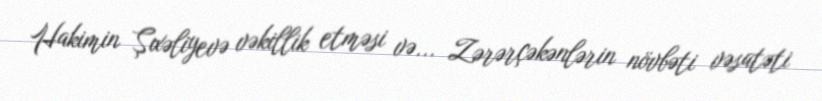
Hakimin Şıxəliyevə vəkillik etməsi və... Zərərçəkənlərin növbəti vəsatəti